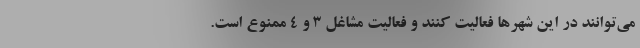
می‌توانند در این شهرها فعالیت کنند و فعالیت مشاغل ۳ و ۴ ممنوع است.